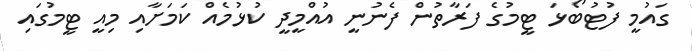
ގައުމީ ފުޓުބޯޅަ ޓީމުގެ ފަރާތުން ފެނުނީ އުއްމީދީ ކުޅުމެއް ކަމަށާއި މިއީ ޓީމުގައި